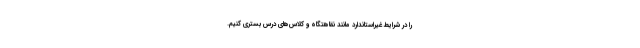
را در شرایط غیراستاندارد مانند نقاهتگاه و کلاس‌های درس بستری کنیم.